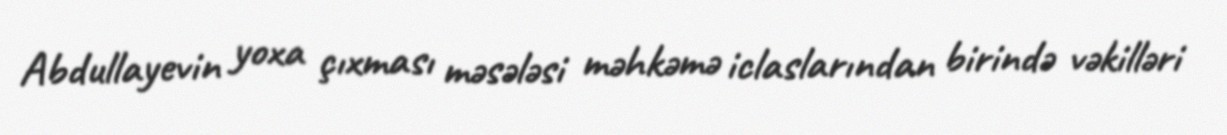
Abdullayevin yoxa çıxması məsələsi məhkəmə iclaslarından birində vəkilləri